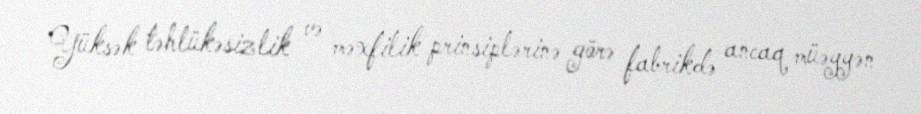
Yüksək təhlükəsizlik və məxfilik prinsiplərinə görə fabrikdə ancaq müəyyən